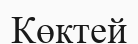
Көктей